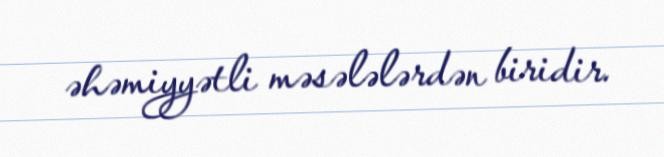
əhəmiyyətli məsələlərdən biridir.